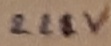
Text: 22V